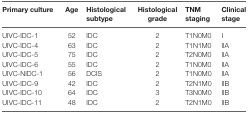
| Primary culture | Age | Histological subtype | Histological grade | TNM staging | Clinical stage |
 | --- | --- | --- | --- | --- | --- |
 | UIVC-IDC-1 | 52 | IDC | 2 | T1N0M0 | I |
 | UIVC-IDC-4 | 63 | IDC | 2 | T1N1M0 | IIA |
 | UIVC-IDC-5 | 75 | IDC | 2 | T2N0M0 | IIA |
 | UIVC-IDC-6 | 55 | IDC | 2 | T1N0M0 | IIA |
 | UIVC-NIDC-1 | 56 | DCIS | 2 | T1N0M0 | IIA |
 | UIVC-IDC-9 | 42 | IDC | 2 | T2N1M0 | IIB |
 | UIVC-IDC-10 | 64 | IDC | 3 | T3N0M0 | IIB |
 | UIVC-IDC-11 | 48 | IDC | 2 | T2N1M0 | IIB |